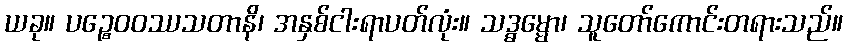
ယခု။ ပဉ္စေဝဝဿသတာနိ၊ အနှစ်ငါးရာပတ်လုံး။ သဒ္ဓမ္မော၊ သူတော်ကောင်းတရားသည်။